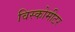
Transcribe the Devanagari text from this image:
विस्कोमीटर